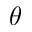
\theta